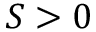
S > 0